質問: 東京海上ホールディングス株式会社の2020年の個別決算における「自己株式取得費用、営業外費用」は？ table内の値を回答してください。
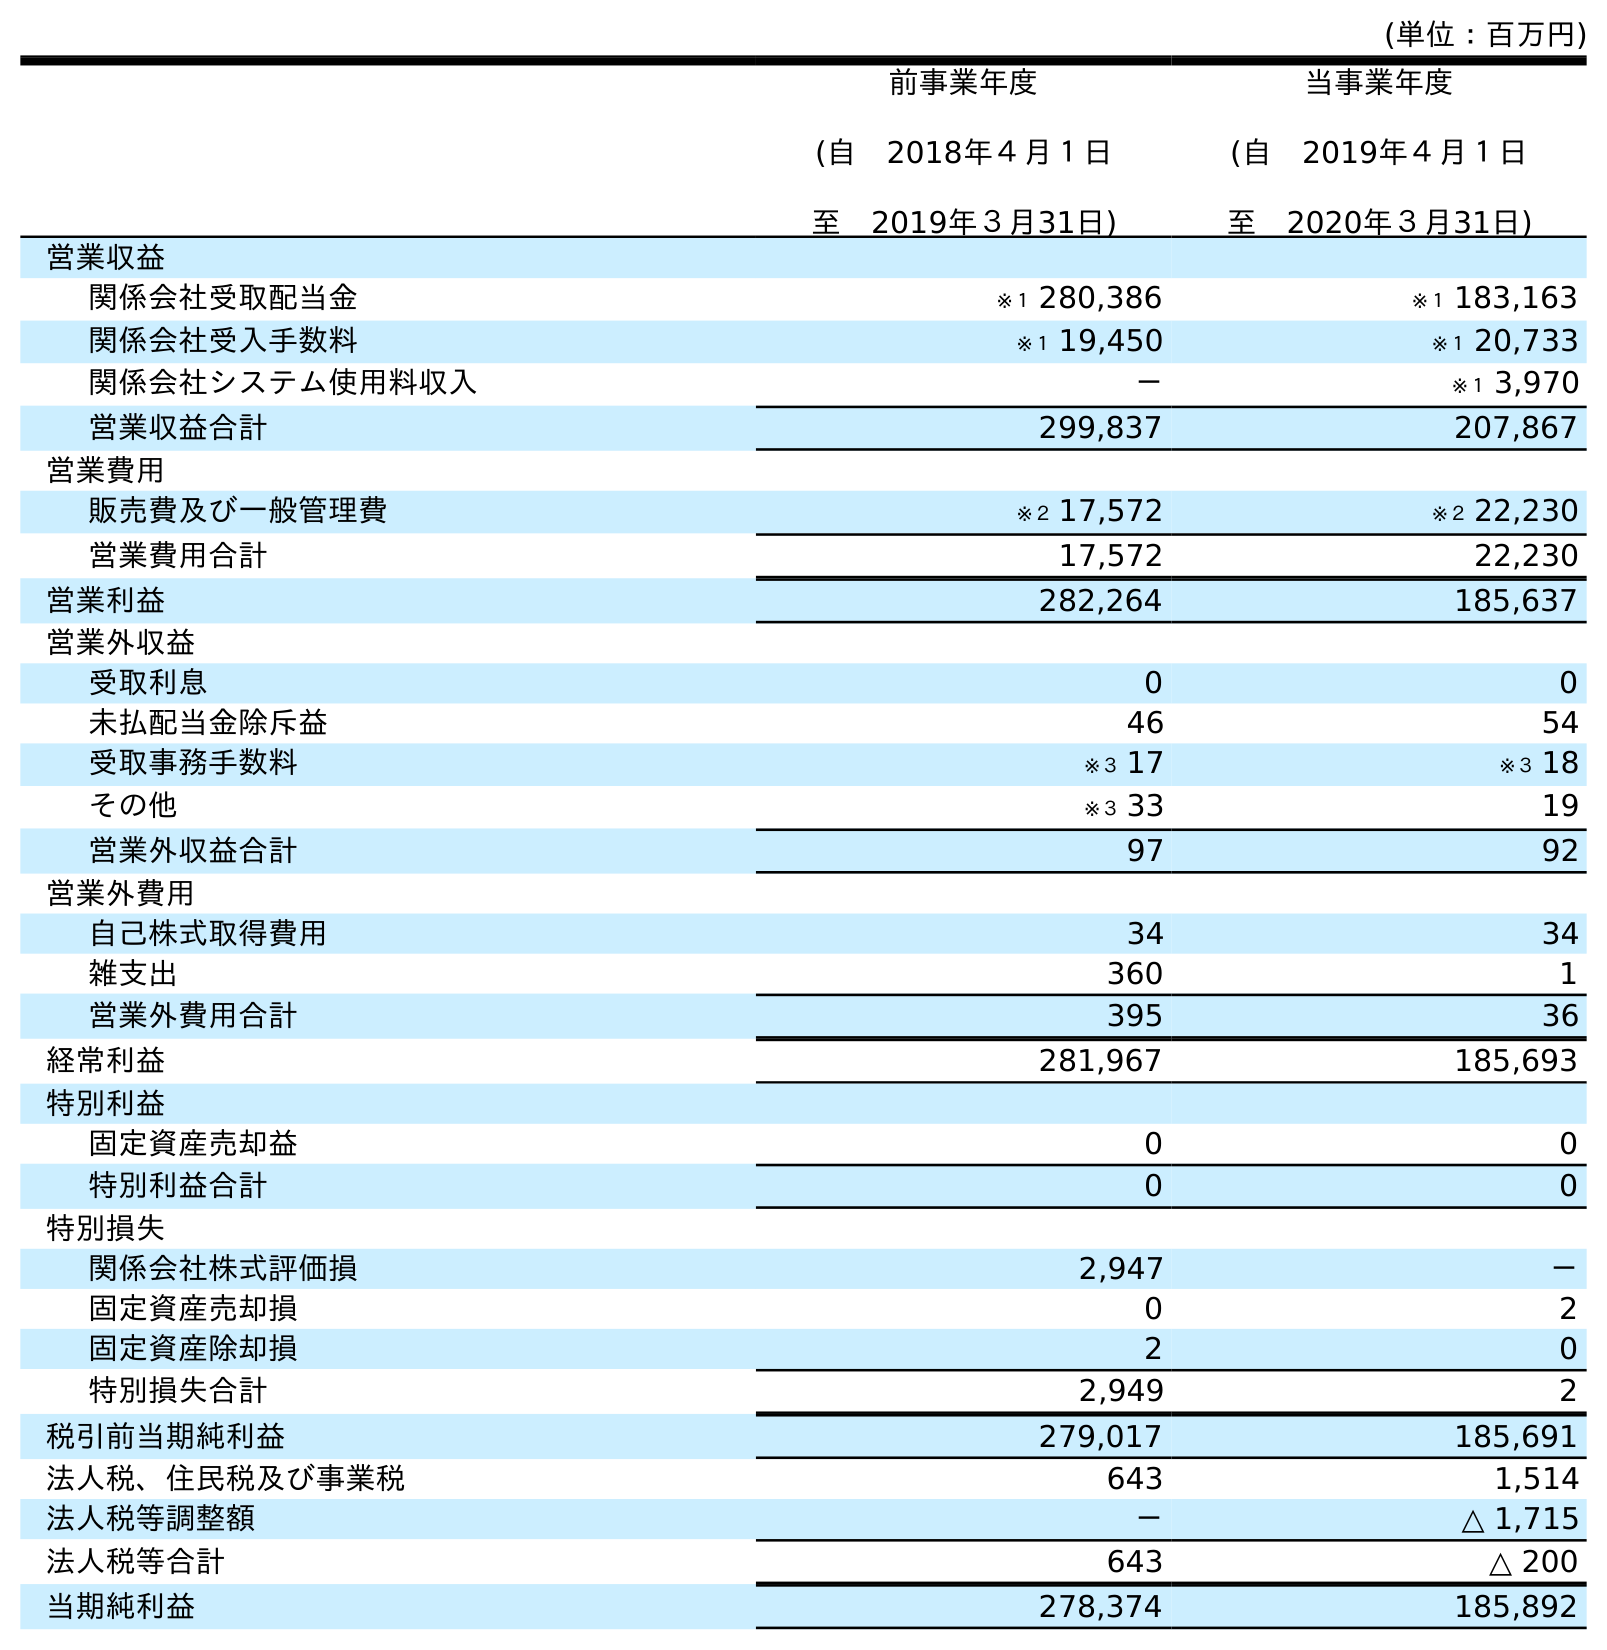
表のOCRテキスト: (単位：百万円) 前事業年度 (自 2018年４月１日 至 2019年３月31日) 当事業年度 (自 2019年４月１日 至 2020年３月31日) 営業収益 関係会社受取配当金 ※１ 280,386 ※１ 183,163 関係会社受入手数料 ※１ 19,450 ※１ 20,733 関係会社システム使用料収入 － ※１ 3,970 営業収益合計 299,837 207,867 営業費用 販売費及び一般管理費 ※２ 17,572 ※２ 22,230 営業費用合計 17,572 22,230 営業利益 282,264 185,637 営業外収益 受取利息 0 0 未払配当金除斥益 46 54 受取事務手数料 ※３ 17 ※３ 18 その他 ※３ 33 19 営業外収益合計 97 92 営業外費用 自己株式取得費用 34 34 雑支出 360 1 営業外費用合計 395 36 経常利益 281,967 185,693 特別利益 固定資産売却益 0 0 特別利益合計 0 0 特別損失 関係会社株式評価損 2,947 － 固定資産売却損 0 2 固定資産除却損 2 0 特別損失合計 2,949 2 税引前当期純利益 279,017 185,691 法人税、住民税及び事業税 643 1,514 法人税等調整額 － △ 1,715 法人税等合計 643 △ 200 当期純利益 278,374 185,892
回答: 34